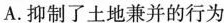
A.抑制了土地兼并的行为